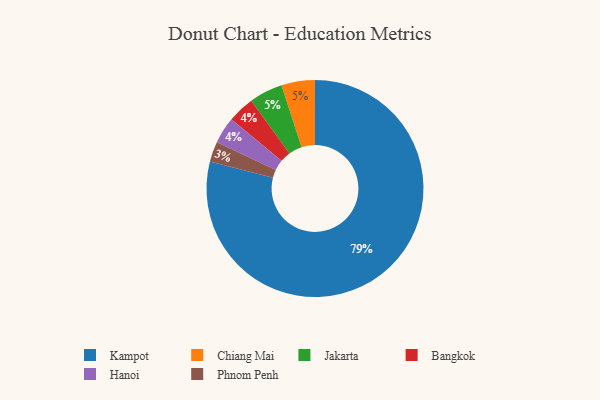
{"axis": {"x": "Category", "y": "Percentage"}, "legend": ["Bangkok", "Chiang Mai", "Hanoi", "Jakarta", "Kampot", "Phnom Penh"], "data": [{"x": "Chiang Mai", "y": 5, "type": "Chiang Mai"}, {"x": "Bangkok", "y": 4, "type": "Bangkok"}, {"x": "Kampot", "y": 79, "type": "Kampot"}, {"x": "Jakarta", "y": 5, "type": "Jakarta"}, {"x": "Hanoi", "y": 4, "type": "Hanoi"}, {"x": "Phnom Penh", "y": 3, "type": "Phnom Penh"}]}